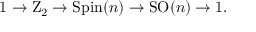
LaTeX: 1 \to \mathrm { Z } _ { 2 } \to \operatorname { S p i n } ( n ) \to \operatorname { S O } ( n ) \to 1 .